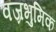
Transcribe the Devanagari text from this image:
वज्रभुमिक